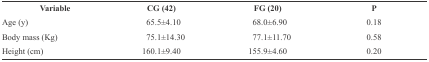
<table><thead><tr><td><b>Variable</b></td><td><b>CG (42)</b></td><td><b>FG (20)</b></td><td><b>P</b></td></tr></thead><tbody><tr><td> Age (y)</td><td> 65.5±4.10</td><td> 68.0±6.90</td><td> 0.18</td></tr><tr><td> Body mass (Kg)</td><td> 75.1±14.30</td><td> 77.1±11.70</td><td> 0.58</td></tr><tr><td> Height (cm)</td><td> 160.1±9.40</td><td> 155.9±4.60</td><td> 0.20</td></tr></tbody></table>